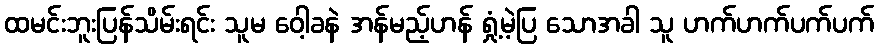
ထမင်းဘူးပြန်သိမ်းရင်း သူမ ဝေါ့ခနဲ အန်မည့်ဟန် ရှုံ့မဲ့ပြ သောအခါ သူ ဟက်ဟက်ပက်ပက်